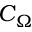
C _ { \Omega }